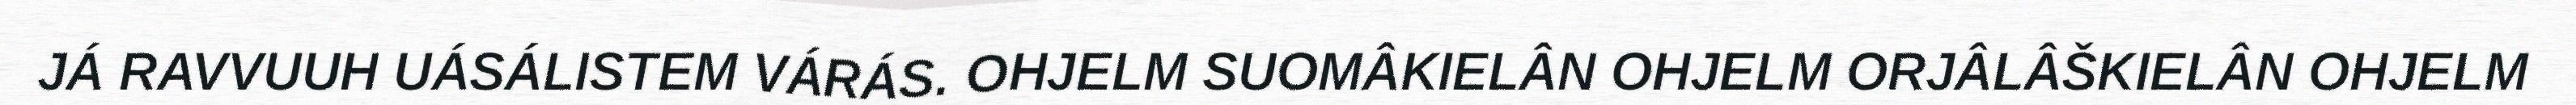
JÁ RAVVUUH UÁSÁLISTEM VÁRÁS. OHJELM SUOMÂKIELÂN OHJELM ORJÂLÂŠKIELÂN OHJELM